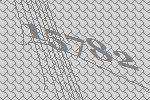
15782